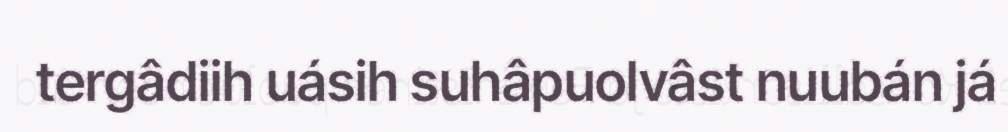
tergâdiih uásih suhâpuolvâst nuubán já